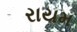
રાયમ